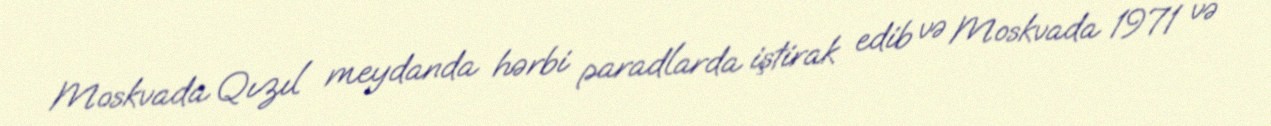
Moskvada Qızıl meydanda hərbi paradlarda iştirak edib və Moskvada 1971 və